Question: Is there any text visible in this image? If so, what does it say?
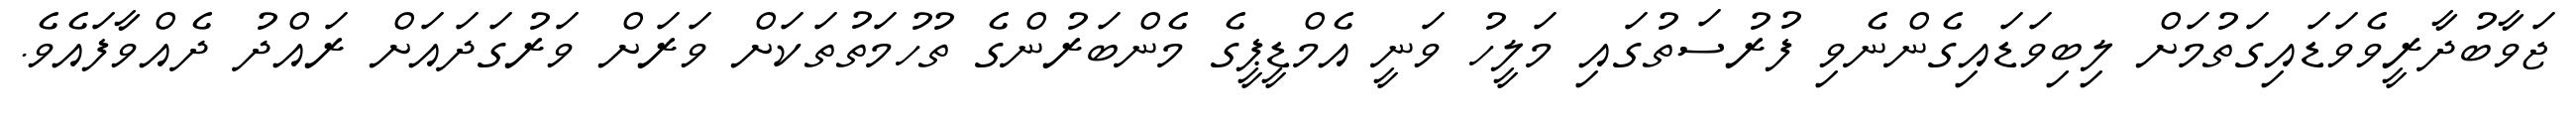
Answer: ޖަވާބުދާރީވެވަޑައިގަތުމަށް ލިބިވަޑައިގެންނެވި ފުރުސަތުގައި މަލީހު ވަނީ އެމްޑީޕީގެ މެންބަރުންގެ ތުހުމަތުތަކަށް ވަރަށް ވަރުގަދައަށް ރައްދު ދެއްވާފައެވެ.